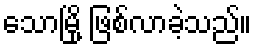
သောမြို့ ဖြစ်လာခဲ့သည်။